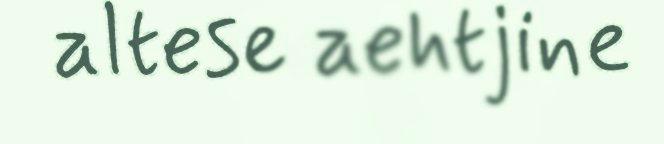
altese aehtjine